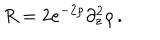
R = 2 e ^ { - 2 \rho } \partial _ { z } ^ { 2 } \rho \, .